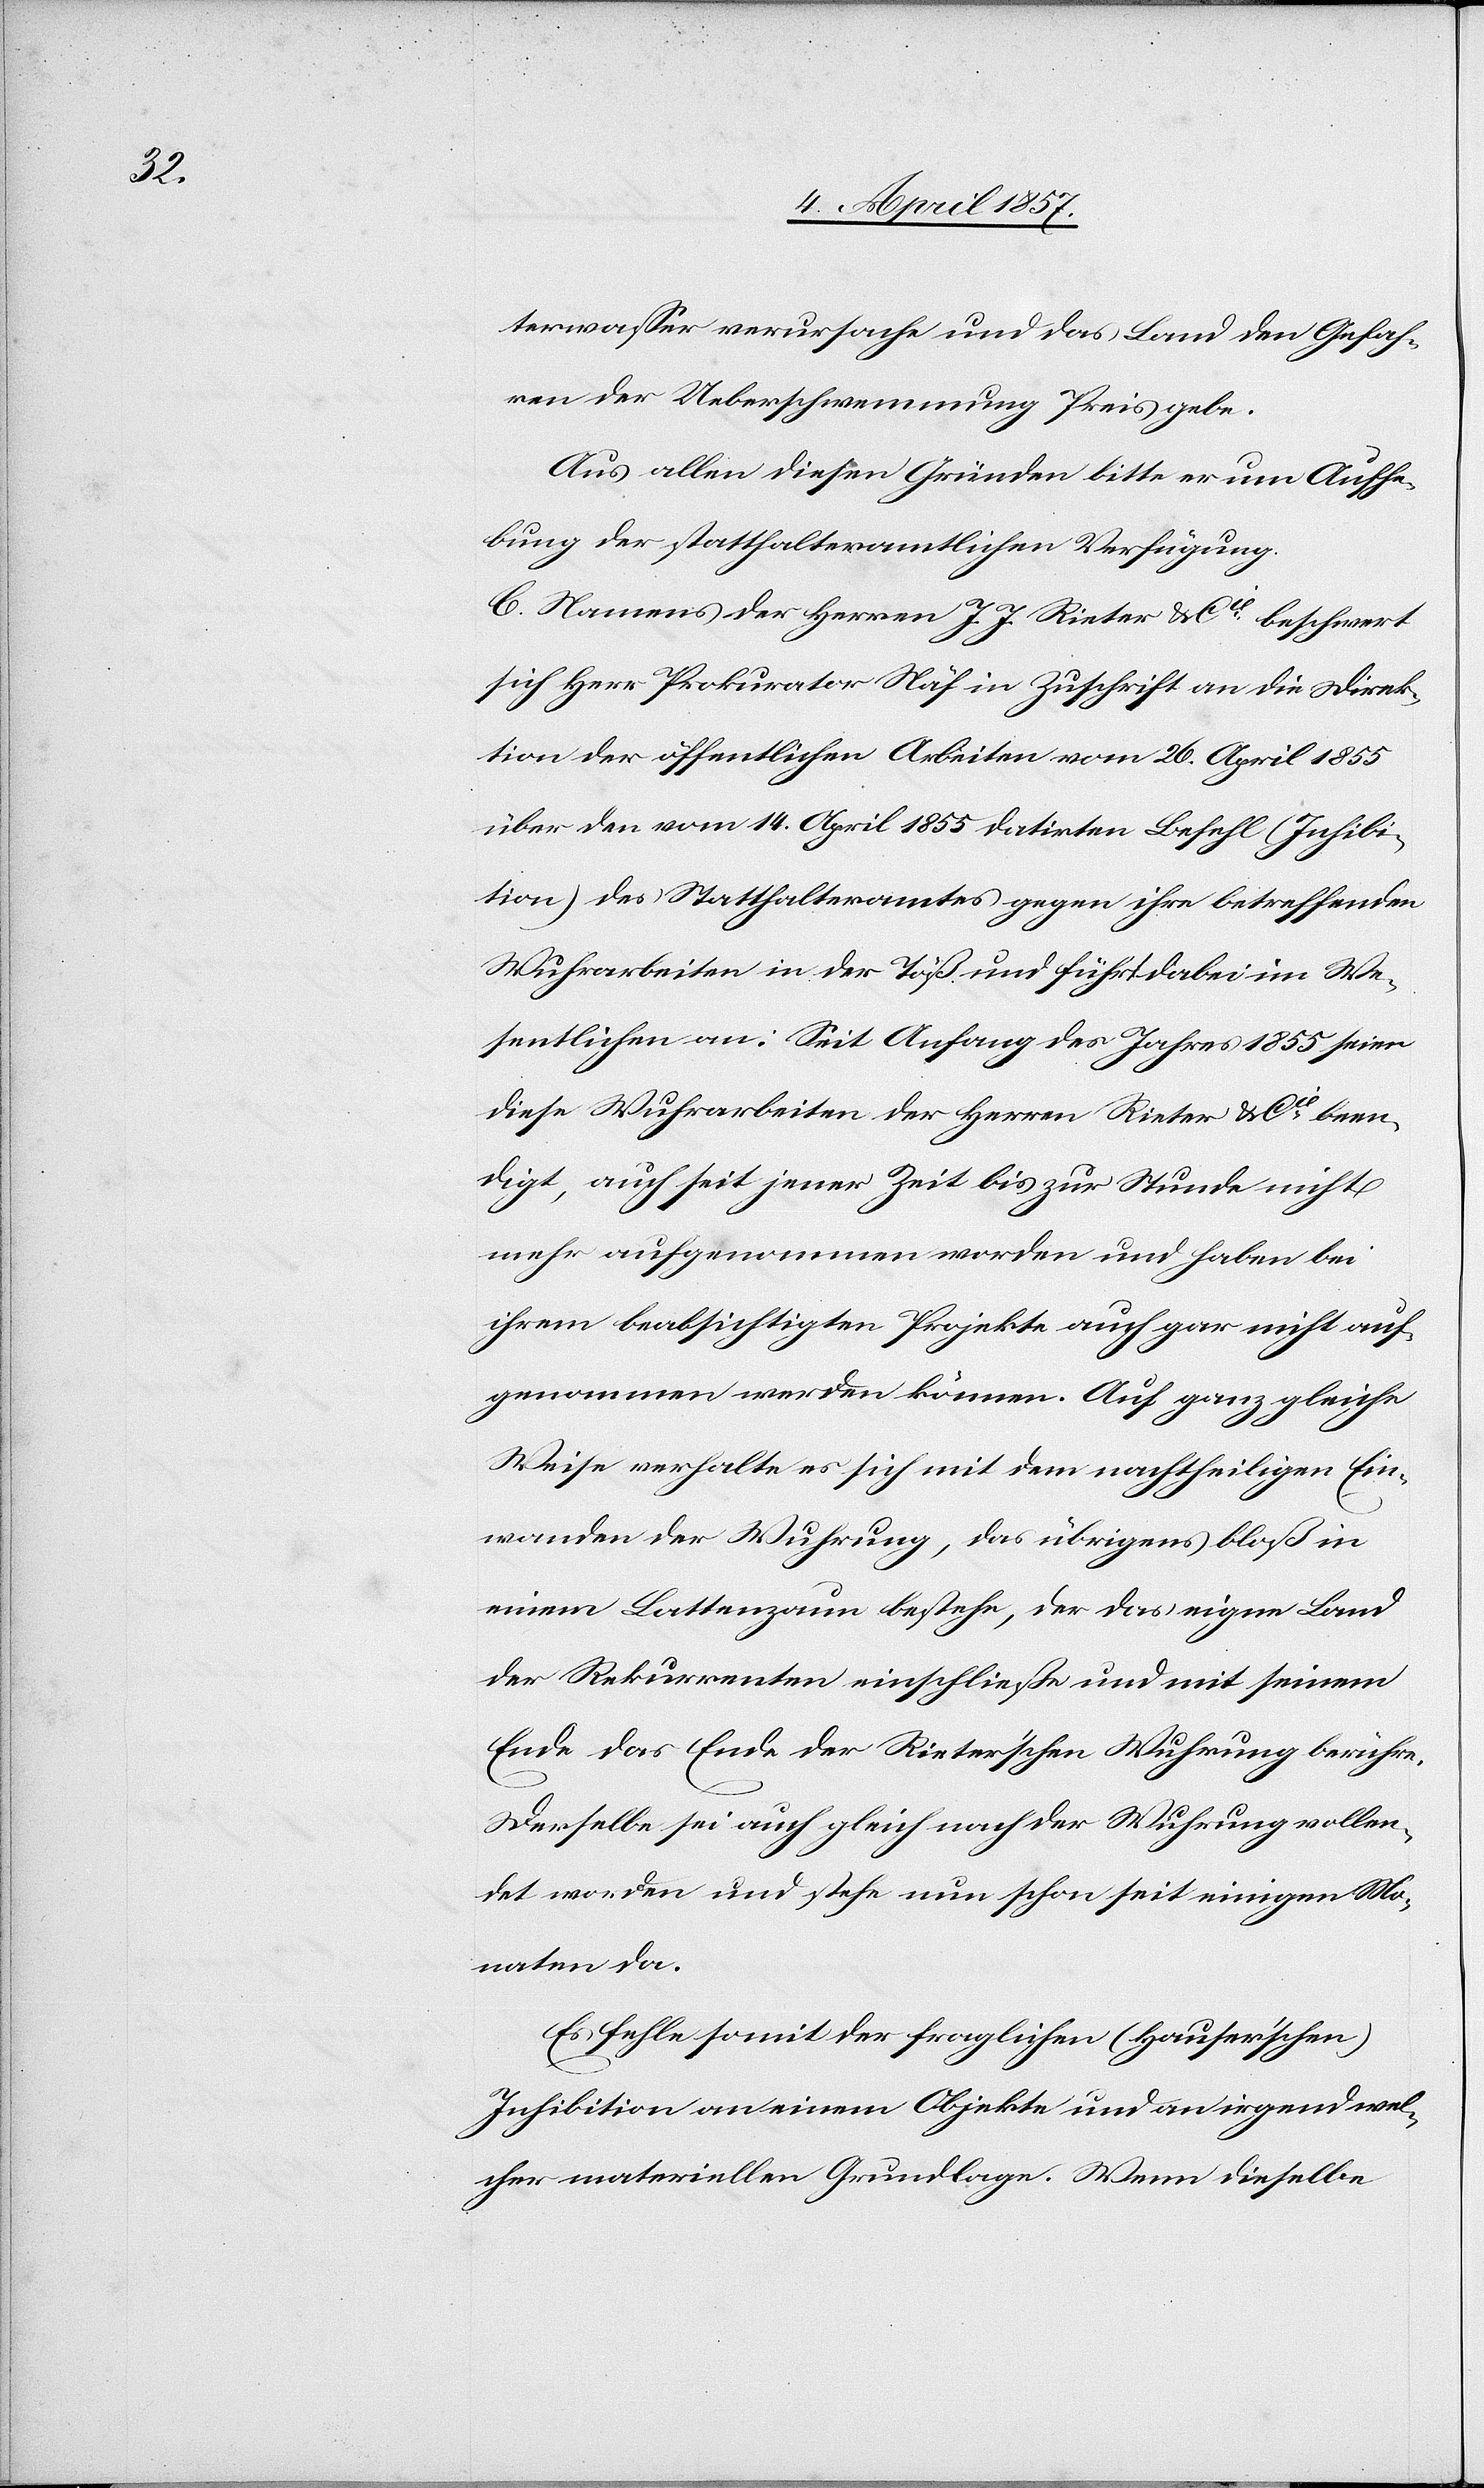
terwasser verursache und das Land den Gefah¬
ren der Ueberschwemmung Preis gebe.
Aus allen diesen Gründen bitte er um Aufhe¬
bung der statthalteramtlichen Verfügung.
C. Namens der Herren J. J. Rieter & Cie beschwert
sich Herr Prokurator Näf in Zuschrift an die Direk¬
tion der öffentlichen Arbeiten vom 26. April 1855
über den vom 14. April 1855 datirten Befehl (Inhibi¬
tion) des Statthalteramtes gegen ihre betreffenden
Wuhrarbeiten in der Töß und führt dabei im We¬
sentlichen an: Seit Anfang des Jahres 1855 seien
diese Wuhrarbeiten der Herren Rieter & Cie been¬
digt, auch seit jener Zeit bis zur Stunde nicht
mehr aufgenommen worden und haben bei
ihrem beabsichtigten Projekte auch gar nicht auf¬
genommen werden können. Auf ganz gleiche
Weise verhalte es sich mit dem nachtheiligen Ein¬
wanden der Wuhrung, das übrigens bloß in
einem Lattenzaun bestehe, der das eigne Land
der Rekurrenten einschließe und mit seinem
Ende das Ende der Rieter'schen Wuhrung berühre.
Derselbe sei auch gleich nach der Wuhrung vollen¬
det worden und stehe nun schon seit einigen Mo¬
naten da.
Es fehle somit der fraglichen (Hauser'schen)
Inhibition an einem Objekte und an irgend wel¬
cher materiellen Grundlage. Wenn dieselbe